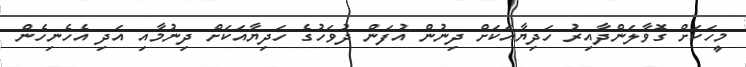
މީހަކަށް ގޮވާލަންދާއިރު ހަދިޔާއަކަށް ދިނުން އުފަން ދުވަހުގެ ހަދިޔާއަކަށް ދިނުމާއި އަދި އެހެނިހެން